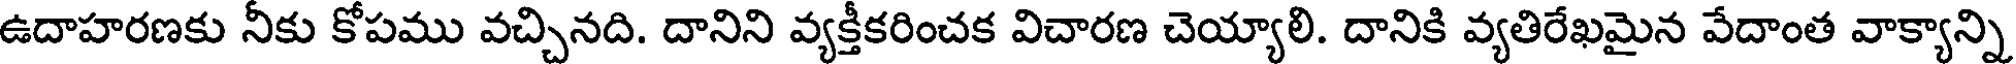
ఉదాహరణకు నీకు కోపము వచ్చినది. దానిని వ్యక్తీకరించక విచారణ చెయ్యాలి. దానికి వ్యతిరేఖమైన వేదాంత వాక్యాన్ని